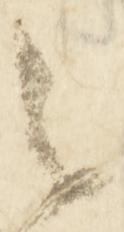
之